Report on the Civil Veterinary Department, Eastern Bengal and Assam - 1907-1911
Year: 1907
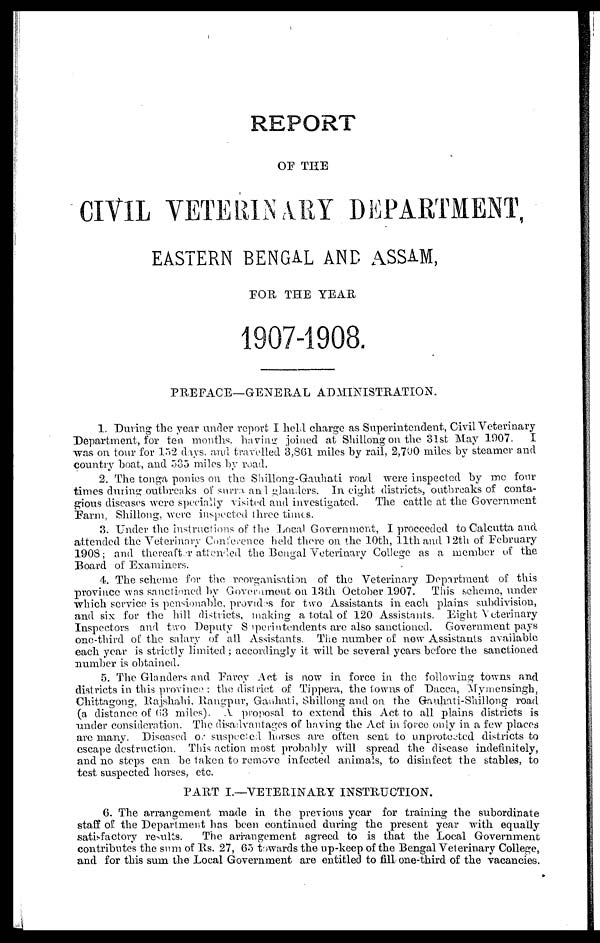
REPORT
OP TEE
CIVIL VETERINARY DEPARTMENT,
EASTERN BENGAL AND ASSAM,
FOR THE YEAR
1907-1908.
PREFACE—GENERAL ADMINISTRATION.
1. During the year under report I held charge as Superintendent, Civil Veterinary
Department, for ten months, having joined at Shillong on the 31st May 1907.
I
was on tour for 152 days, and travelled 3,861 miles by rail, 2,700 miles by steamer and
country boat, and 532 miles by road.
2. The tonga ponies on the Shillong-Gauhati road were inspected by me four
times during outbreaks of surra and glanders. In eight districts, outbreaks of conta-
gious diseases were specially visited and investigated.
The cattle at the Government
Farm, Shillong, were inspected three times.
3. Under the instructions of the Local Government, I proceeded to Calcutta and
attended the Veterinary Conference held there on the 10th, 11th and 12th of February
1908; and thereafter attended the Bengal Veterinary College as a member of the
Board of Examiners.
4. The scheme for the reorganisation of the Veterinary Department of this
province was sanctioned by Government on 13th October 1907.
This .scheme, under
which service is pensionable, provides for two Assistants in each plains subdivision,
and six for the hill districts, making a total of 120 Assistants. Eight Veterinary
Inspectors and two Deputy Superintendents are also sanctioned. Government pays
one-third of the salary of all Assistants. The number of new Assistants available
each year is strictly limited ; accordingly it will be several years before the sanctioned
number is obtained.
5. The Glanders and Farcy Act is now in force in the following towns and
districts in this province: the district of Tippera, the towns of Dacca, Mymensingh,
Chittagong, Rajshahi. Rangpur, Gauhati, Shillong and on the Gnuhati-Shillong road
(a distance of 63 miles). A proposal to extend this Act to all plains districts is
under consideration. The disadvantages of having the Act in force only in a few places
arc many. Diseased of suspected horses are often sent to unprotected districts to
escape destruction. This action most probably will spread the disease indefinitely,
and no steps can be taken to remove infected animals, to disinfect the stables, to
test suspected horses, etc.
PART I.—VETERINARY INSTRUCTION.
6. The arrangement made in the previous year for training the subordinate
staff of the Department has been continued during the present year with equally
satisfactory results.
The arrangement agreed to is that the Local Government
contributes the sum of Rs. 27, 65 towards the up-keep of the Bengal Veterinary College,
and for this sum the Local Government are entitled to fill one-third of the vacancies.